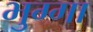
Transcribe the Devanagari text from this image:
भुग्गा